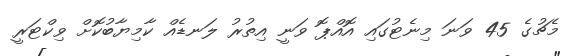
މެޗުގެ 45 ވަނަ މިނެޓުގައި އޮއްޕޮ ވަނީ އިތުރު ލަނޑެއް ކާމިޔާބުކޮށް ވިކްޓަރީ